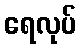
ရေလုပ်